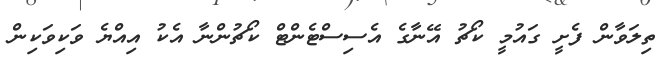
ތިލަވާން ފެށީ ގައުމީ ކޯޗު އޭނާގެ އެސިސްޓެންޓް ކޯޗުންނާ އެކު އިއްޔެ ވަކިވަކިން